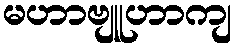
မဟာဗျူဟာကျ